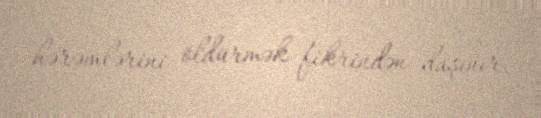
hərəmlərini öldürmək fikrindən daşınır.